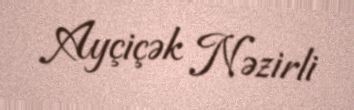
Ayçiçək Nəzirli